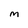
Character: m